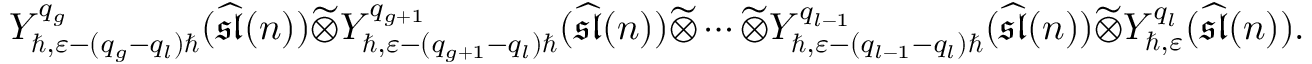
Y _ { \hbar , \varepsilon - ( q _ { g } - q _ { l } ) \hbar } ^ { q _ { g } } ( \widehat { \mathfrak { s l } } ( n ) ) \widetilde { \otimes } Y _ { \hbar , \varepsilon - ( q _ { g + 1 } - q _ { l } ) \hbar } ^ { q _ { g + 1 } } ( \widehat { \mathfrak { s l } } ( n ) ) \widetilde { \otimes } \cdots \widetilde { \otimes } Y _ { \hbar , \varepsilon - ( q _ { l - 1 } - q _ { l } ) \hbar } ^ { q _ { l - 1 } } ( \widehat { \mathfrak { s l } } ( n ) ) \widetilde { \otimes } Y _ { \hbar , \varepsilon } ^ { q _ { l } } ( \widehat { \mathfrak { s l } } ( n ) ) .